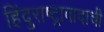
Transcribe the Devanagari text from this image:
हिंदुराष्ट्रावादाची